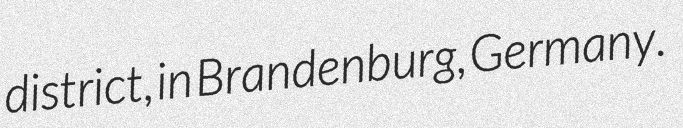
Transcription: district, in Brandenburg, Germany.